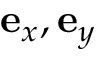
\mathbf { e } _ { x } , \mathbf { e } _ { y }